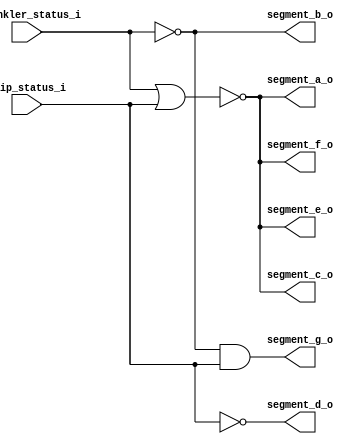
/* Outputs the irrigation condition on the 7-segment display. If 
   irrigation is disabled, it displays a segment in the middle of
   a digit, otherwise it displays the irrigation mode being used. */

module decoder_irrigation_condition
(
	input  sprinkler_status_i,
	input  drip_status_i,
	output segment_a_o,
	output segment_b_o,
	output segment_c_o,
	output segment_d_o,
	output segment_e_o,
	output segment_f_o,
	output segment_g_o
);

	// Declaring wires
	wire w0;
	
	// Inverting sprinkler output
	not inv0(w0, sprinkler_status_i);
	
	// Using several AND gates to activate each segment correctly
	nor segment_a_status(segment_a_o, sprinkler_status_i, drip_status_i);
	not segment_b_status(segment_b_o, sprinkler_status_i);
	nor segment_c_status(segment_c_o, sprinkler_status_i, drip_status_i);
	not segment_d_status(segment_d_o, drip_status_i);
	nor segment_e_status(segment_e_o, sprinkler_status_i, drip_status_i);
	nor segment_f_status(segment_f_o, sprinkler_status_i, drip_status_i);
	and segment_g_status(segment_g_o, w0, drip_status_i);	
	
endmodule